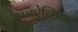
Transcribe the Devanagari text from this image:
अनऐच्छिक